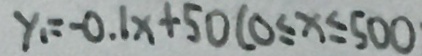
y _ { 1 } = - 0 . 1 x + 5 0 ( 0 \leq x \leq 5 0 0